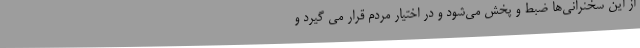
از این سخنرانی‌ها ضبط و پخش می‌شود و در اختیار مردم قرار می گیرد و